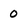
Character: 0